Indian journal of veterinary science and animal husbandry - Volume 14,
Year: 1944
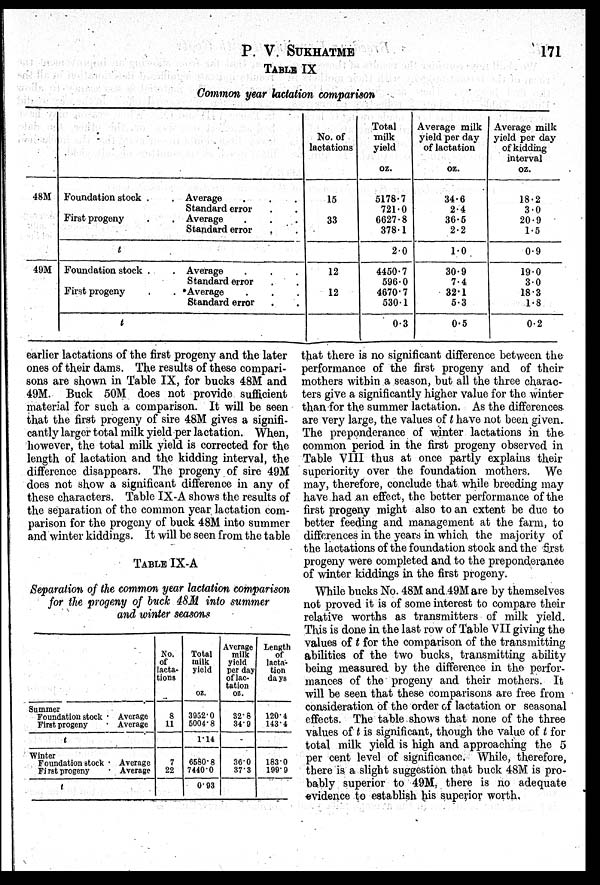
P. V.
SUKHATME
171
TABLE IX
Common year lactation comparison
48M
49M
Foundation stock . .
First progeny . .
t
Foundation stock . .
First progeny . .
t
Average . . .
Standard error .
Average . .
Standard error .
Average . . .
Standard error .
. Average . . .
Standard error . .
No. of
lactations
15
33
12
12
Total
milk
yield
oz.
5178.7
721.0
6627.8
378.1
2.0
4450.7
596.0
4670.7
530.1
0.3
Average milk
yield per day
of lactation
oz.
34.6
2.4
36.5
2.2
1.0
30.9
7.4
32.1
5.3
0.5
Average milk
yield per day
of kidding
interval
oz.
18.2
3.0
20.9
1.5
0.9
19.0
3.0
18.3
1.8
0.2
earlier lactations of the first progeny and the later
ones of their dams. The results of these compari-
sons are shown in Table IX, for bucks 48M and
49M. Buck 50M does not provide sufficient
material for such a comparison. It will be seen
that the first progeny of sire 48M gives a signifi-
cantly larger total milk yield per lactation. When,
however, the total milk yield is corrected for the
length of lactation and the kidding interval, the
difference disappears. The progeny of sire 49M
does not show a significant difference in any of
these characters. Table IX-A shows the results of
the separation of the common year lactation com-
parison for the progeny of buck 48M into summer
and winter kiddings. It will be seen from the table
TABLE IX-A
Separation of the common year lactation comparison
for the progeny of buck 48M into summer
and winter seasons
Summer
Foundation stock .
First progeny .
t
Winter
Foundation stock .
First progeny .
t
Average
Average
Average
Average
No.
of
lacta-
tions
8
11
7
22
Total
milk
yield
oz.
3952.0
5004.8
1.14
6580.8
7440.0
0.93
Average
milk
yield
per day
of lac-
tation
oz.
32.8
34.9
36.0
37.3
Length
of
lacta-
tion
days
120.4
143.4
183.0
199.9
that there is no significant difference between the
performance of the first progeny and of their
mothers within a season, but all the three charac-
ters give a significantly higher value for the winter
than for the summer lactation. As the differences
are very large, the values of t have not been given.
The preponderance of winter lactations in the
common period in the first progeny observed in
Table VIII thus at once partly explains their
superiority over the foundation mothers. We
may, therefore, conclude that while breeding may
have had an effect, the better performance of the
first progeny might also to an extent be due to
better feeding and management at the farm, to
differences in the years in which the majority of
the lactations of the foundation stock and the first
progeny were completed and to the preponderance
of winter kiddings in the first progeny.
While bucks No. 48M and 49M are by themselves
not proved it is of some interest to compare their
relative worths as transmitters of milk yield.
This is done in the last row of Table VII giving the
values of t for the comparison of the transmitting
abilities of the two bucks, transmitting ability
being measured by the difference in the perfor-
mances of the progeny and their mothers. It
will be seen that these comparisons are free from
consideration of the order of lactation or seasonal
effects. The table shows that none of the three
values of t is significant, though the value of t for
total milk yield is high and approaching the 5
per cent level of significance. While, therefore,
there is a slight suggestion that buck 48M is pro-
bably superior to 49M, there is no adequate
evidence to establish his superior worth.